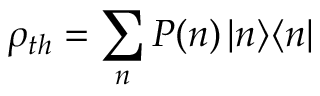
\rho _ { t h } = \sum _ { n } P ( n ) \, | n \rangle \langle n |